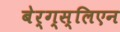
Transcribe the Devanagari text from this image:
बेर्ग्स्लिएन